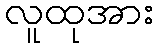
လူထုအား